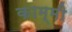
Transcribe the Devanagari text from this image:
काम्मी